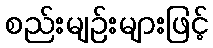
စည်းမျဉ်းများဖြင့်